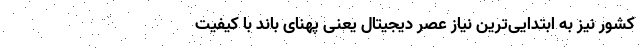
کشور نیز به ابتدایی‌ترین نیاز عصر دیجیتال یعنی پهنای باند با کیفیت